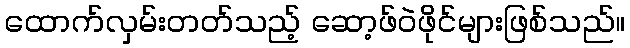
ထောက်လှမ်းတတ်သည့် ဆော့ဖ်ဝဲဖိုင်များဖြစ်သည်။